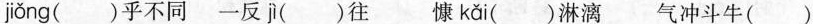
jǒng ()乎不同-反j()往 慷 kǎi ()淋漓气冲斗牛()